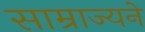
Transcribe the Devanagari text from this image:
साम्राज्यने